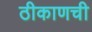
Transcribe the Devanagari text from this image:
ठीकाणची